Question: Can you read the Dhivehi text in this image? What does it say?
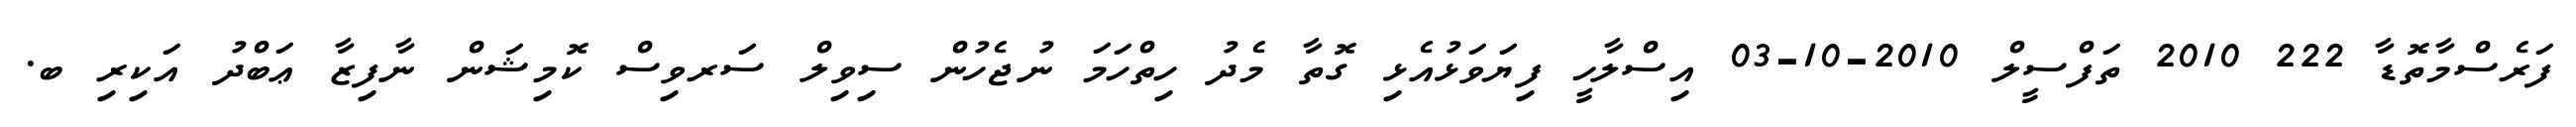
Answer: ފަރެސްމާތޮޑާ 222 2010 ތަފްސީލް 2010-10-03 އިސްލާހީ ފިޔަވަޅުއެޅި ގޮތާ މެދު ހިތްހަމަ ނުޖެހުން ސިވިލް ސަރވިސް ކޮމިޝަން ނާފިޒާ ޢަބްދު އަކިރި ބ.